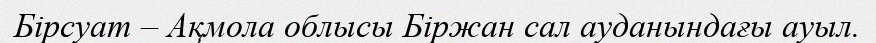
Бірсуат – Ақмола облысы Біржан сал ауданындағы ауыл.